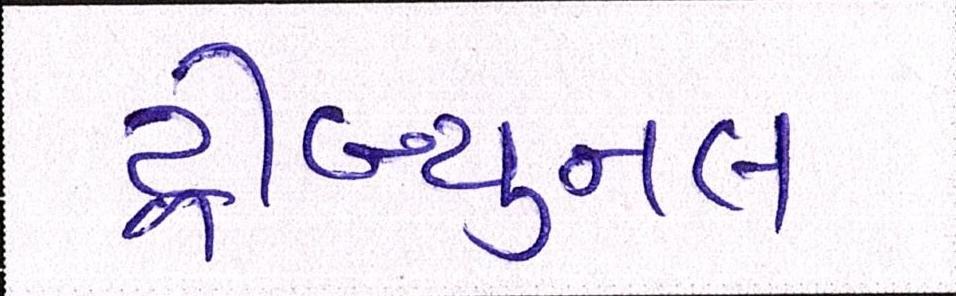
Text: ટ્રીબ્યુનલ